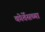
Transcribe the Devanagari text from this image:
कोर्तेसच्या